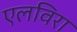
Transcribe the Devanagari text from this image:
एलविरा